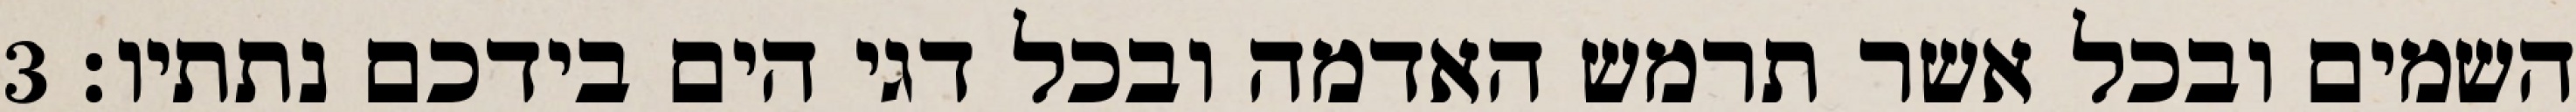
השמים ובכל אשר תרמש האדמה ובכל דגי הים בידכם נתתיו׃ ‎3‏